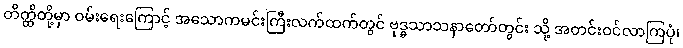
တိတ္ထိတို့မှာ ဝမ်းရေးကြောင့် အသောကမင်းကြီးလက်ထက်တွင် ဗုဒ္ဓသာသနာတော်တွင်း သို့ အတင်းဝင်လာကြပုံ၊